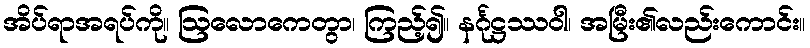
အိပ်ရာအရပ်ကို။ ဩလောကေတွာ၊ ကြည့်၍။ နင်္ဂုဋ္ဌဿဝါ၊ အမြီး၏လည်းကောင်း။